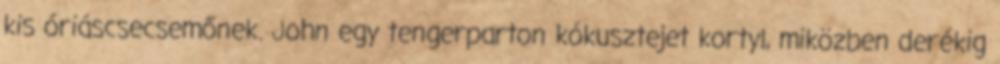
kis óriáscsecsemőnek. John egy tengerparton kókusztejet kortyl, miközben derékig